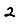
Digit: 2